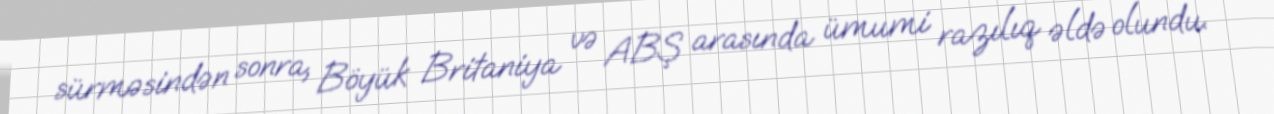
sürməsindən sonra, Böyük Britaniya və ABŞ arasında ümumi razılıq əldə olundu.